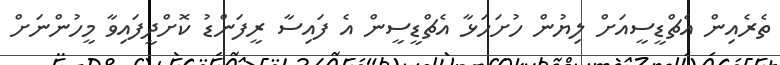
ތެރެއިން އެޗްޑީސީއަށް ލިޔުން ހުށަހަޅާ އެޗްޑީސީން އެ ފައިސާ ރީފަންޑު ކޮށްދީފައިވާ މީހުންނަށް